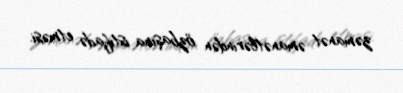
zəmanət əmanətlərindən özbaşına istifadə etməsi.